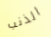
الذنب